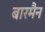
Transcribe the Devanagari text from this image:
बारमैन